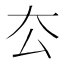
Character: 厺